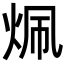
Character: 𬊄